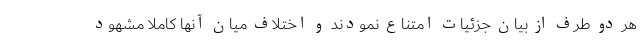
هر دو طرف از بیان جزئیات امتناع نمودند و اختلاف میان آنها کاملا مشهود